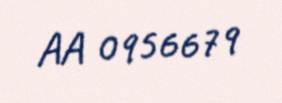
AA 0956679